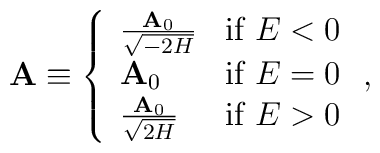
{\bf A} \equiv \left\{ \begin{array}{lr}	\frac{{\bf A}_{0}}{\sqrt{-2H}} & \mbox{if $E<0$} \\ {\bf A}_{0}	& \mbox{if $E=0$} \\ \frac{{\bf A}_{0}}{\sqrt{2H}} & \mbox{if	$E>0$} \end{array} \right. ,